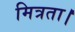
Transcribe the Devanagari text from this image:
मित्रता।